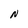
Character: N